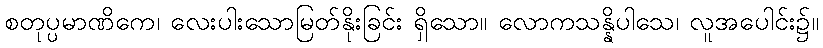
စတုပ္ပမာဏိကေ၊ လေးပါးသောမြတ်နိုးခြင်း ရှိသော။ လောကသန္နိပါသေ၊ လူအပေါင်း၌။